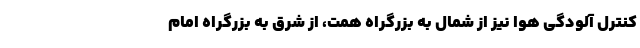
کنترل آلودگی هوا نیز از شمال به بزرگراه همت، از شرق به بزرگراه امام